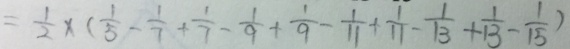
= \frac { 1 } { 2 } \times ( \frac { 1 } { 5 } - \frac { 1 } { 7 } + \frac { 1 } { 7 } - \frac { 1 } { 9 } + \frac { 1 } { 9 } - \frac { 1 } { 1 1 } + \frac { 1 } { 1 1 } - \frac { 1 } { 1 3 } + \frac { 1 } { 1 3 } - \frac { 1 } { 1 5 } )